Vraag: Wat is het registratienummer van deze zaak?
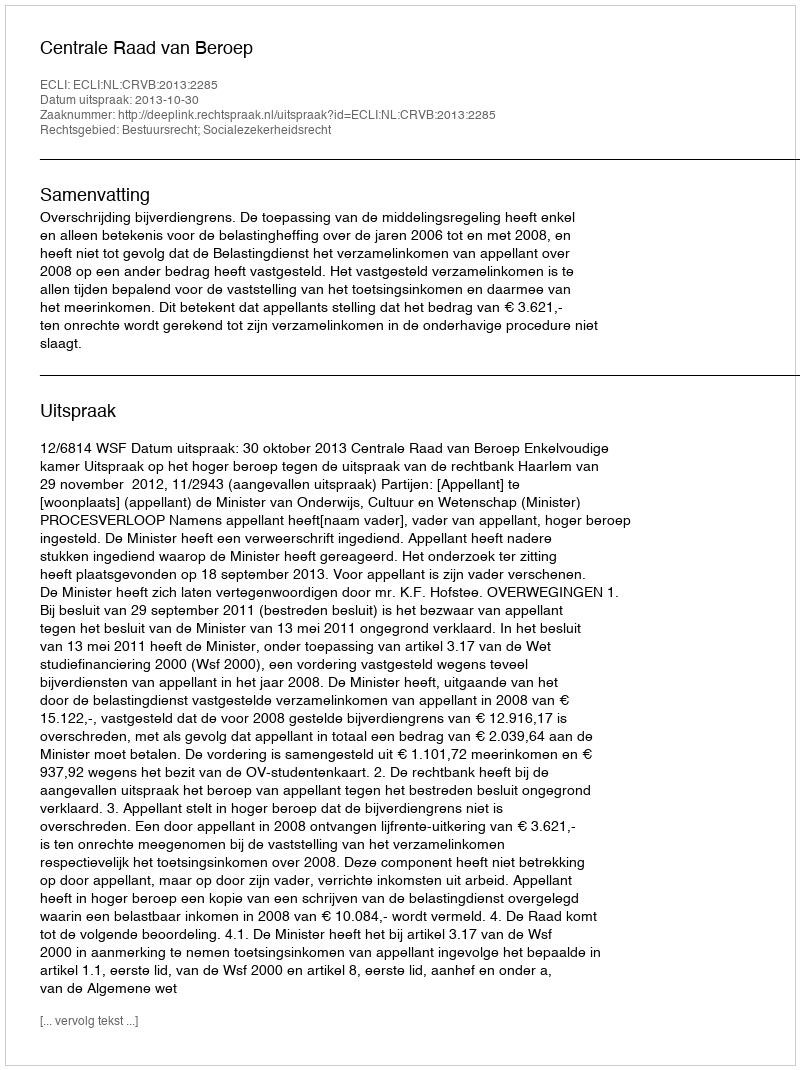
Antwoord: http://deeplink.rechtspraak.nl/uitspraak?id=ECLI:NL:CRVB:2013:2285